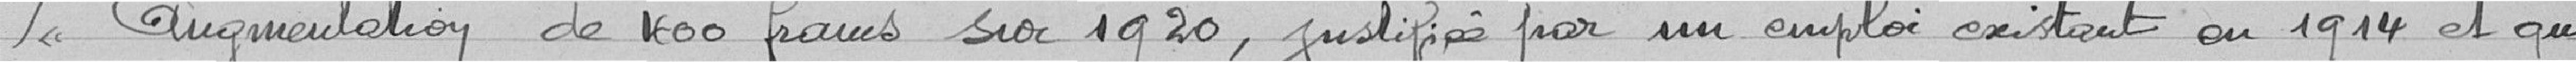
Augmentation de 400 francs sur 1920, justifiée par un emploi existant en 1914 et qui